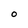
Character: 0